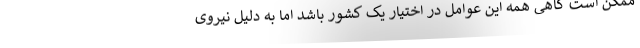
ممکن است گاهی همه این عوامل در اختیار یک کشور باشد اما به دلیل نیروی